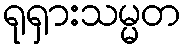
ရုရှားသမ္မတ